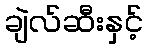
ချဲလ်ဆီးနှင့်